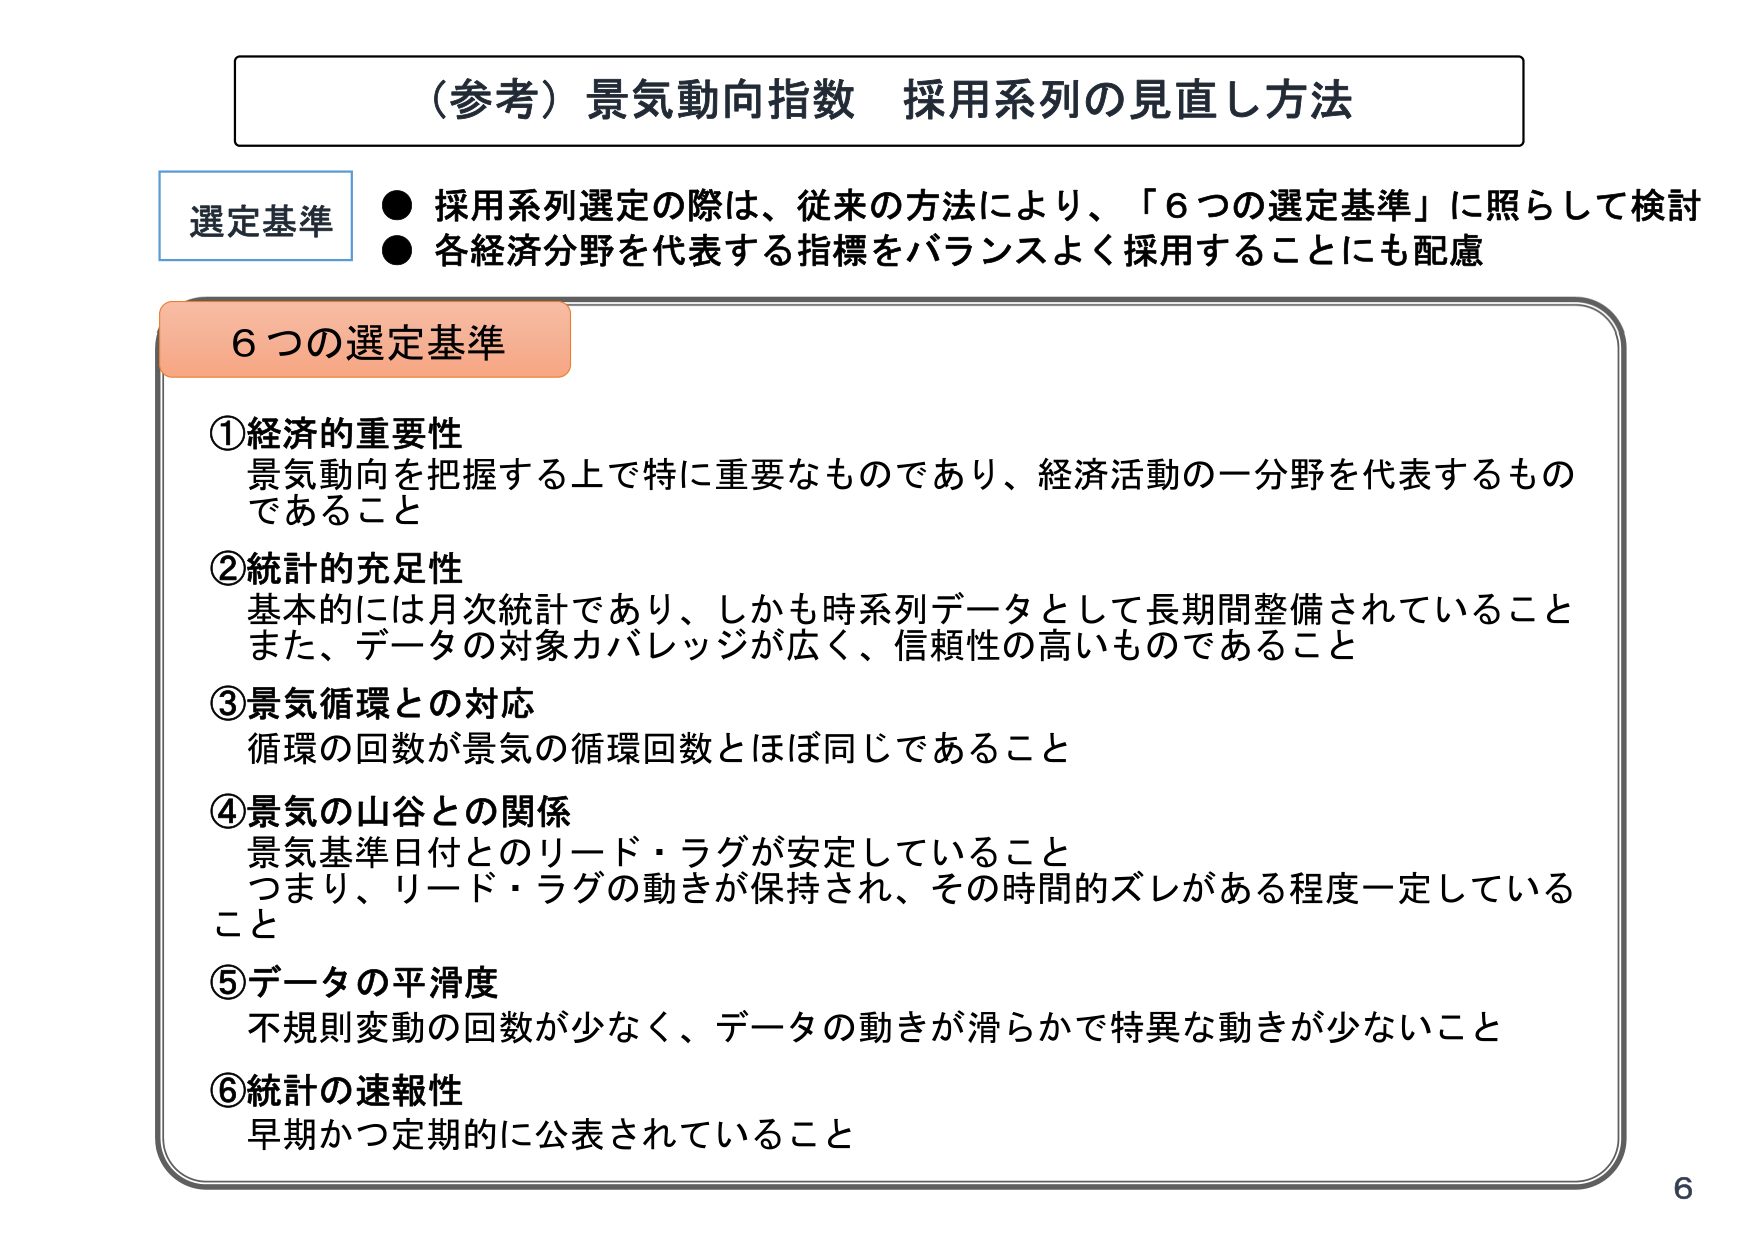
（参考）景気動向指数 採用系列の見直し方法

選定基準
● 採用系列選定の際は、従来の方法により、「6つの選定基準」に照らして検討
● 各経済分野を代表する指標をバランスよく採用することにも配慮

6つの選定基準
①経済的重要性
　景気動向を把握する上で特に重要なものであり、経済活動の一分野を代表するものであること

②統計的充足性
　基本的には月次統計であり、しかも時系列データとして長期間整備されていること
　また、データの対象カバレッジが広く、信頼性の高いものであること

③景気循環との対応
　循環の回数が景気の循環回数とほぼ同じであること

④景気の山谷との関係
　景気基準日付とのリード・ラグが安定していること
　つまり、リード・ラグの動きが保持され、その時間的ズレがある程度一定していること

⑤データの平滑度
　不規則変動の回数が少なく、データの動きが滑らかで特異な動きが少ないこと

⑥統計の速報性
　早期かつ定期的に公表されていること

6